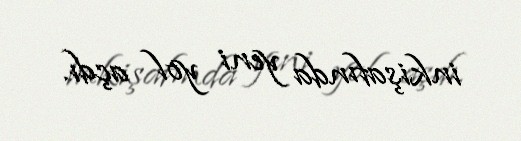
inkişafında yeni yol açdı.